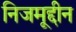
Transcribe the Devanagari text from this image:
निजमूद्दीन